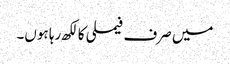
میں صرف فیملی کا لکھ رہا ہوں۔